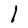
Character: l